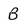
Character: B